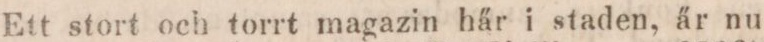
Ett stort och torrt magazin här i staden, är nu